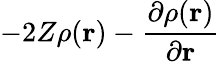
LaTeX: -2Z\rho(\mathbf{r})-\frac{\partial\rho(\mathbf{r})}{\partial\mathbf{r}}